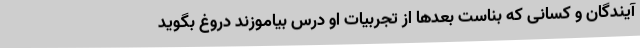
آیندگان و کسانی که بناست بعدها از تجربیات او درس بیاموزند دروغ بگوید